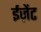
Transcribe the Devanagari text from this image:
ईज़ेंट